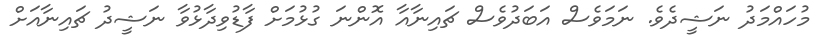
މުހައްމަދު ނަޝީދެވެ. ނަމަވެސް އަބަދުވެސް ޗައިނާއާ އޮންނަ ގުޅުމަށް ފާޑުވިދާޅުވާ ނަޝީދު ޗައިނާއަށް